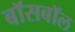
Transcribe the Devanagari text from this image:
बॉसबॉल